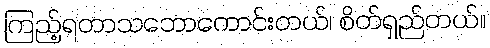
ကြည့်ရတာသဘောကောင်းတယ်၊ စိတ်ရှည်တယ်။